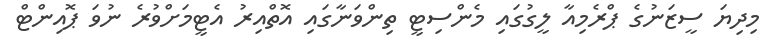
މިދިޔަ ސީޒަނުގެ ޕްރެމިއާ ލީގުގައި މެންސިޓީ ތިންވަނާގައި އޮތްއިރު އެޓީމަށްވުރެ ނުވަ ޕޮއިންޓް